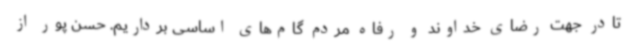
تادر جهت رضای خداوند و رفاه مردم گام‌های اساسی برداریم. حسن پور از